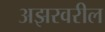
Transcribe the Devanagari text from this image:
अझरवरील